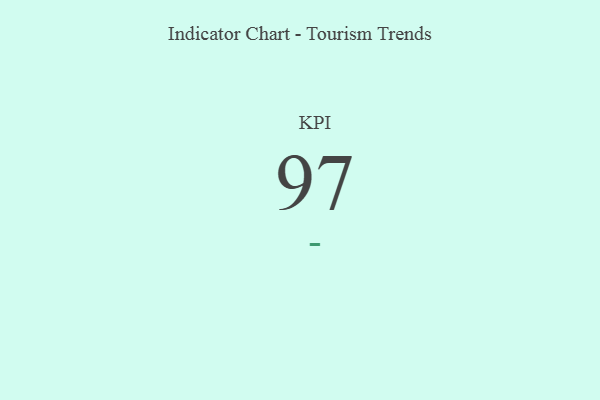
{"axis": {"x": "KPI", "y": "Value"}, "legend": [""], "data": [{"x": "KPI", "y": 97, "type": ""}]}